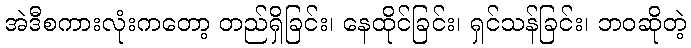
အဲဒီစကားလုံးကတော့ တည်ရှိခြင်း၊ နေထိုင်ခြင်း၊ ရှင်သန်ခြင်း၊ ဘဝဆိုတဲ့